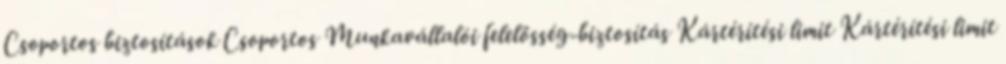
Csoportos biztosítások Csoportos Munkavállalói felelősség-biztosítás Kártérítési limit Kártérítési limit